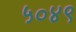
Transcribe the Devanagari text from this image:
५०४९